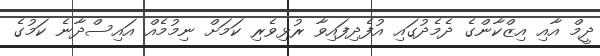
ދީމް އާއި އިޒްކާންގެ ދެމެދުގައި އުފެދިފައިވާ ރުޅިވެރި ކަމަށް ނިމުމެއް އައިސްދާނެ ކަމުގެ